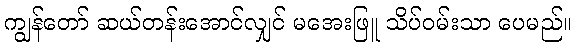
ကျွန်တော် ဆယ်တန်းအောင်လျှင် မအေးဖြူ သိပ်ဝမ်းသာ ပေမည်။